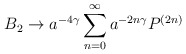
\begin{align*}B_{2} \rightarrow a^{-4 \gamma}\sum_{n=0}^{\infty} a^{-2n\gamma} P^{(2n)} \end{align*}